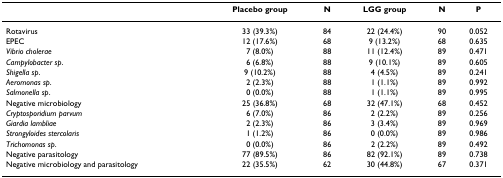
|  | Placebo group | N | LGG group | N | P |
 | --- | --- | --- | --- | --- | --- |
 | Rotavirus | 33 (39.3%) | 84 | 22 (24.4%) | 90 | 0.052 |
 | EPEC | 12 (17.6%) | 68 | 9 (13.2%) | 68 | 0.635 |
 | Vibrio cholerae | 7 (8.0%) | 88 | 11 (12.4%) | 89 | 0.471 |
 | Campylobacter sp. | 6 (6.8%) | 88 | 9 (10.1%) | 89 | 0.605 |
 | Shigella sp. | 9 (10.2%) | 88 | 4 (4.5%) | 89 | 0.241 |
 | Aeromonas sp. | 2 (2.3%) | 88 | 1 (1.1%) | 89 | 0.992 |
 | Salmonella sp. | 0 (0.0%) | 88 | 1 (1.1%) | 89 | 0.995 |
 | Negative microbiology | 25 (36.8%) | 68 | 32 (47.1%) | 68 | 0.452 |
 | Cryptosporidium parvum | 6 (7.0%) | 86 | 2 (2.2%) | 89 | 0.256 |
 | Giardia lambliae | 2 (2.3%) | 86 | 3 (3.4%) | 89 | 0.969 |
 | Strongyloides stercolaris | 1 (1.2%) | 86 | 0 (0.0%) | 89 | 0.986 |
 | Trichomonas sp. | 0 (0.0%) | 86 | 2 (2.2%) | 89 | 0.492 |
 | Negative parasitology | 77 (89.5%) | 86 | 82 (92.1%) | 89 | 0.738 |
 | Negative microbiology and parasitology | 22 (35.5%) | 62 | 30 (44.8%) | 67 | 0.371 |